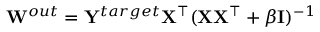
{ \bf W } ^ { o u t } = { \bf Y } ^ { t a r g e t } { \bf X ^ { \top } } ( { \bf X } { \bf X ^ { \top } } + \beta { \bf I } ) ^ { - 1 }